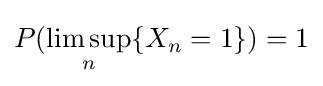
P(\limsup _{n}\{X_{n}=1\})=1